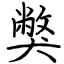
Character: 獘